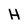
Character: H